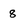
Character: 8